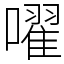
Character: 嚁